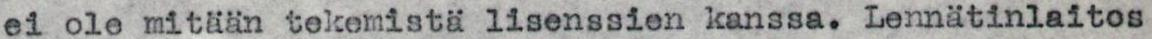
ei ole mitään tekemistä lisenssien kanssa. Lennätinlaitos